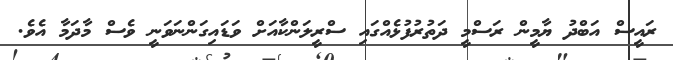
ރައީސް އަބްދު ޔާމީން ރަސްމީ ދަތުރުފުޅެއްގައި ސްރީލަންކާއަށް ވަޑައިގަންނަވަނީ ވެސް މާދަމާ އެވެ.